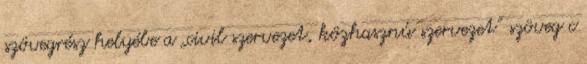
szövegrész helyébe a „civil szervezet, közhasznú szervezet” szöveg c